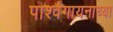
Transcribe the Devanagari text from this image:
पार्श्वगायनाच्या